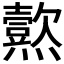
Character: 𱬨